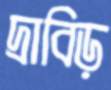
দ্রাবিড়